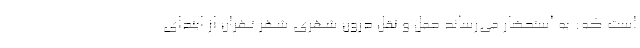
است که: به استحضار می‌رساند حمل و نقل درون شهری شهر تهران از ابتدای